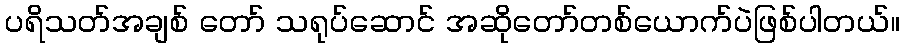
ပရိသတ်အချစ် တော် သရုပ်ဆောင် အဆိုတော်တစ်ယောက်ပဲဖြစ်ပါတယ်။